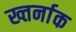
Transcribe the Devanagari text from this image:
ख्तर्नाक